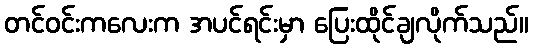
တင်ဝင်းကလေးက အပင်ရင်းမှာ ပြေးထိုင်ချလိုက်သည်။